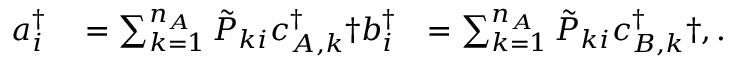
\begin{array} { r l r } { a _ { i } ^ { \dagger } } & { { } = \sum _ { k = 1 } ^ { n _ { A } } \tilde { P } _ { k i } c _ { A , k } ^ { \dagger } \dag b _ { i } ^ { \dagger } } & { = \sum _ { k = 1 } ^ { n _ { A } } \tilde { P } _ { k i } c _ { B , k } ^ { \dagger } \dag , . } \end{array}